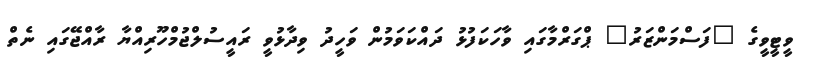
ވީޓީވީގެ "ފަސްމަންޒަރު" ޕްގަރްމާގައި ވާހަކަފުޅު ދައްކަވަމުން ވަހީދު ވިދާޅުވީ ރައީސުލްޖުމްހޫރިއްޔާ ރާއްޖޭގައި ނެތް